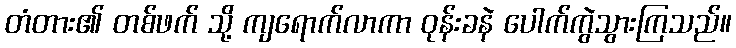
တံတား၏ တစ်ဖက် သို့ ကျရောက်လာကာ ဝုန်းခနဲ ပေါက်ကွဲသွားကြသည်။